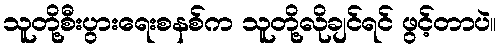
သူတို့စီးပွားရေးစနစ်က သူတို့လိုချင်ရင် ဖွင့်တာပဲ။